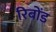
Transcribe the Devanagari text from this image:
रिबोंड